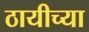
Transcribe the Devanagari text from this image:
ठायीच्या